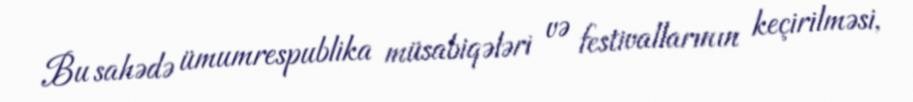
Bu sahədə ümumrespublika müsabiqələri və festivallarının keçirilməsi,